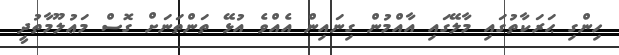
ހިންގި ޙަރަކާތުގައި މާލޭގައި އާއްމުން ގިނައިން އެއްވެ އުޅޭ ތަންތަނަށް ގޮސް މަޢުލޫމާތުދީ